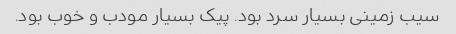
سیب زمینی بسیار سرد بود. پیک بسیار مودب و خوب بود.